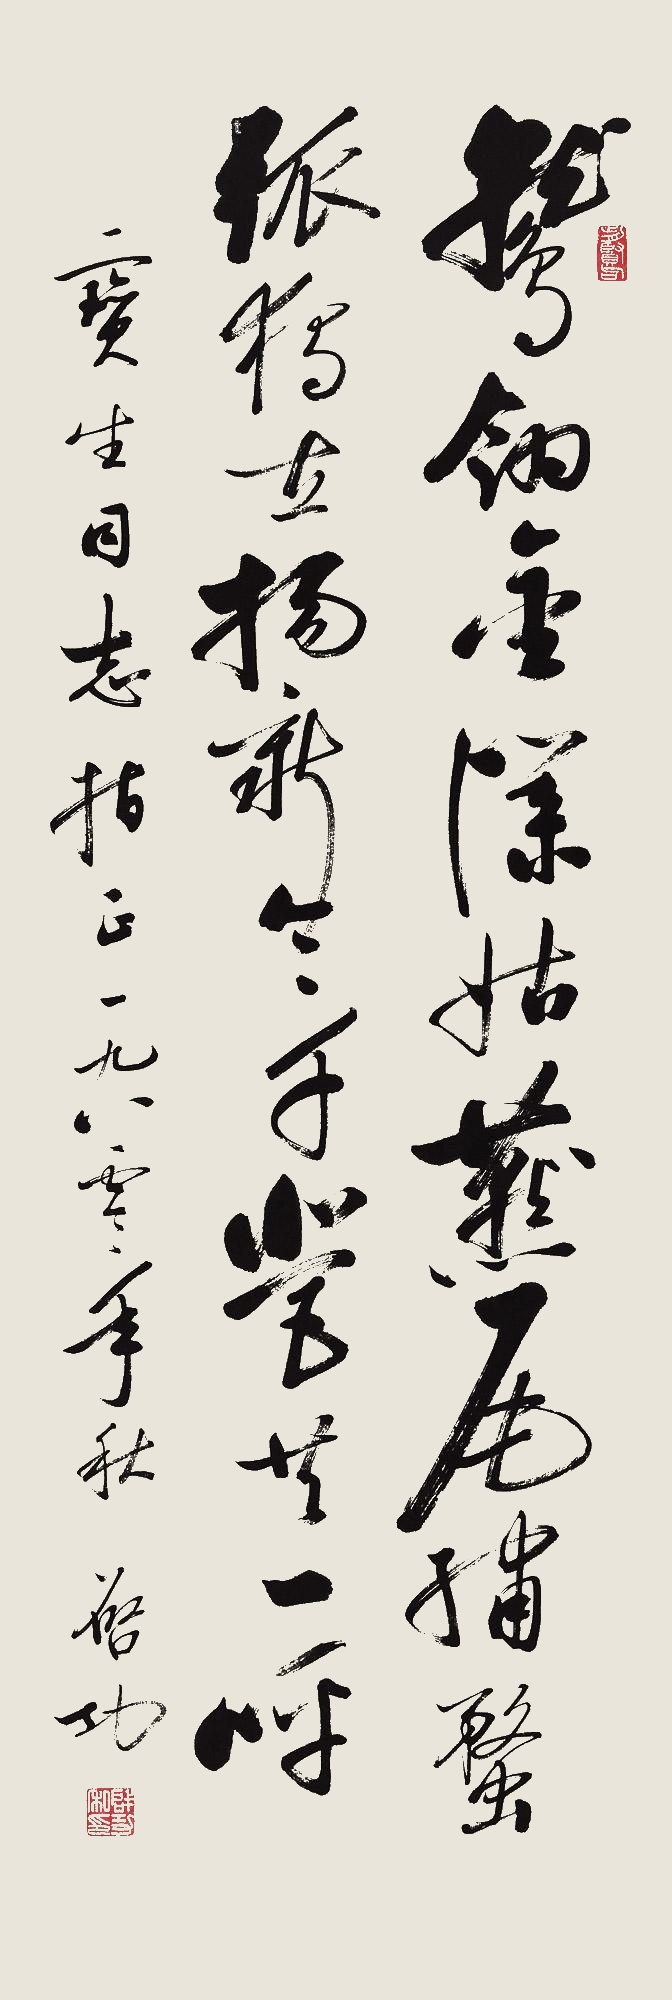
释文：鹫翎金仆姑，燕尾绣蝥弧。独立扬新令，千营共一呼。宝生同志指正。一九八零年秋，启功。